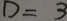
D = 3